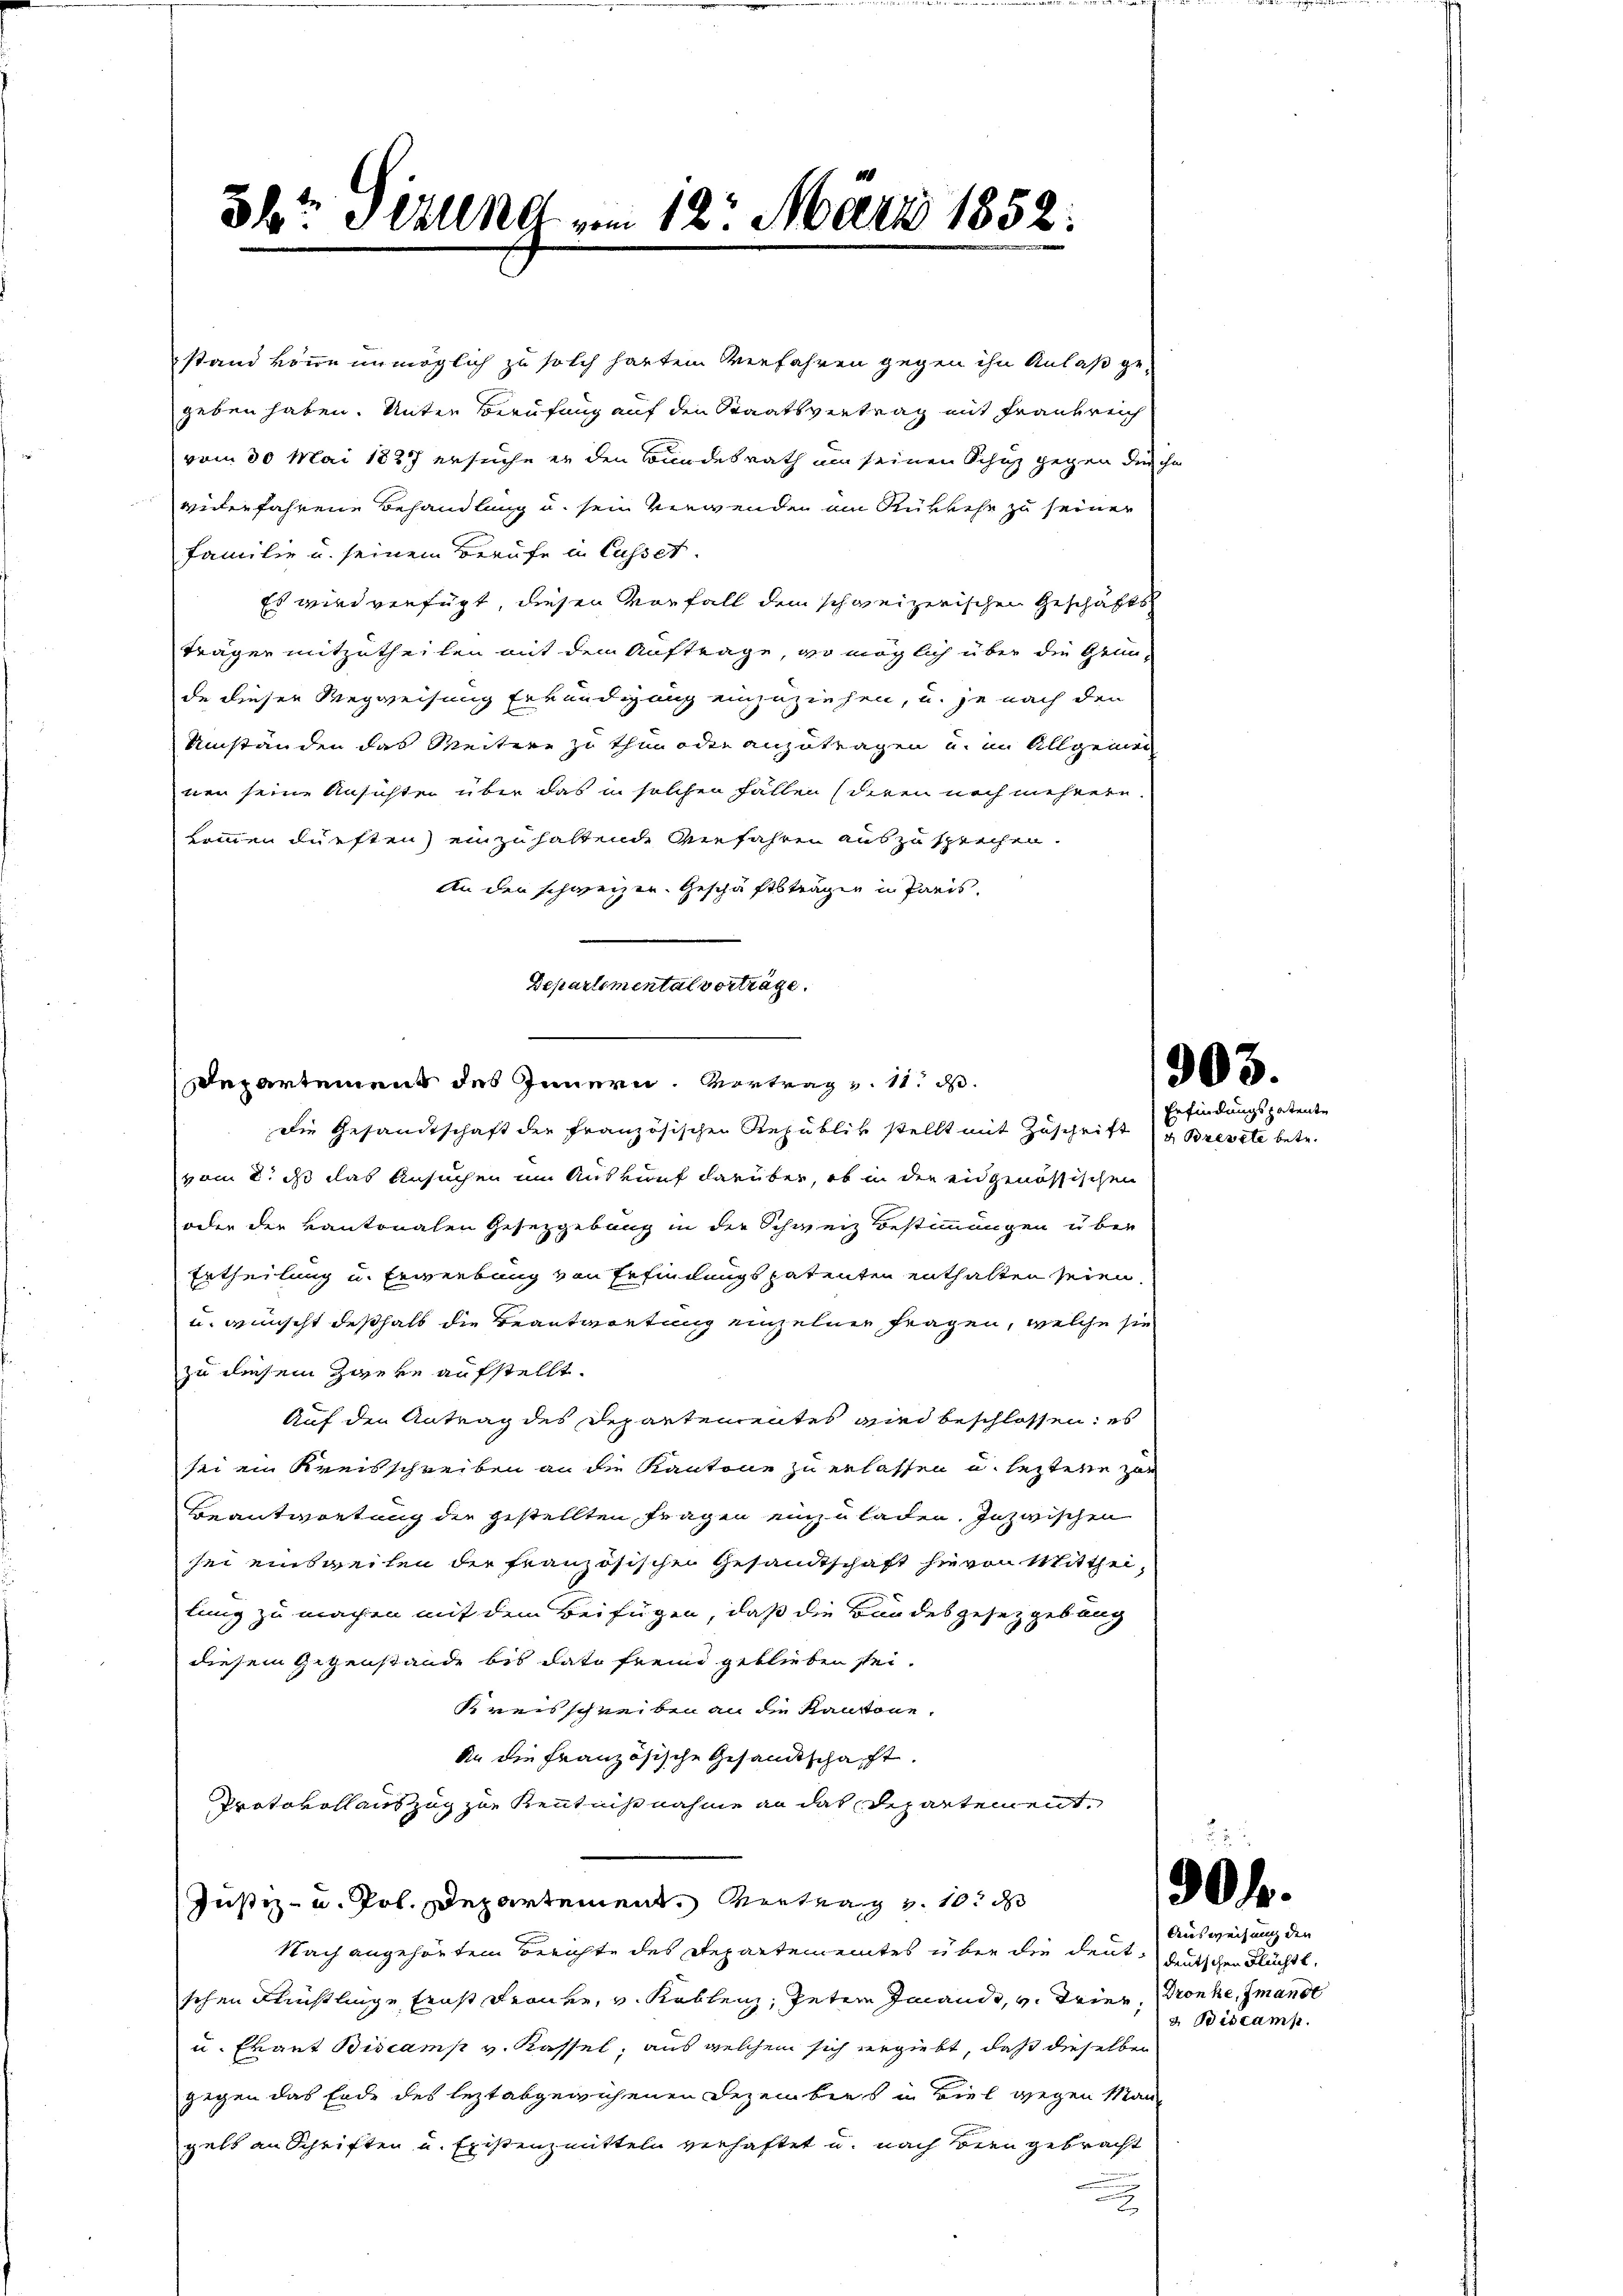
8br alle vom 12. März 1852:

stand könne unmöglich zu solch harten Verfahren gegen ihn Anlaß ge-
geben haben. Unter Berufung auf den Staatsvertrag mit Frankreich
vom 30. Mai 1887 ersuche er den Bundesrath um seinen Schutz gegen durch
viderfahrene Behandlung u. sein verwenden an Rükkehe zu seiner
Familie u. seinem Berufe u. Casset.
Es wird verfügt, diesen Vorfall dem schweizerischen Geschäftsträgen mitzutheilen mit dem Auftrage, wo möglich über die Grün-
de dieser Wegweisung Erkundigung einzuziehen, u. je nach den
Umständen das Weitere zu thun oder anzutragen u. im Allgemei
nen seine Ansichten über das in solchen Fällen (deren noch mehrern
kommen dürften) einzuhaltende Verfahren auszusprechen.
An den schweizer. Geschäftsträgen in Paris.
Departemental vorträge.
Die Gesandtschaft der französischen Republik stellt mit Zuschrift
vom 2. ds das Ansuchen um Auswurf darüber, ob in der eidgenössischen
oder der kantonalen Gesetzgebung in die Schweiz Bestimmungen über
Ertheilung u. Erwerbung von Erfindungspatenten enthalten seien
u. wünscht deshalb die Beantwortung einzelnen Fragen, welche sie
zu diesem Zwere aufstellt.
Auf den Antrag des Departementes wird beschlossen: es
sei ein Kreisschreiben an die Kantone zu erlassen u. letztere zur
Beantwortung der gestellten Fragen einzuladen. Inzwischen
sei einsweilen der französischen Gesandtschaft hievon Mittheilung zu machen mit dem Beifügen, daß die Bundesgesetzgebung
diesem Gegenstande bis dato fremd geblieben sei.
Kreisschreiben an die Kantone,
An die französische Gesandtschaft.
Protokoll auszug zur Kenntnißnahme an das Departement,
Justiz- u. Pol. Departement. Vertrag v. 10. d
Nach angehörten Berichte des Repartementes über die deutgutschen Flüchtl.
schen Künstlinge Ernst Frauer, v. Koblenz, Peter Jeande, v. Trier, Dronke, mande
u. Evant Biscamp v. Kassel, aus welchem sich ergiebt, daß dieselben
gegen das Erde des lezt abgewichenen Dezembies in viel wegen Man
gels an Schriften u. Existenzmitteln verhaftet u. nach Bern gebracht
.

Departement des Innern, Vortrag v. 11. d.

d

1903.
Erfindungspatente

v. Brevete betr.

.

Ausweisung den
2. Biscamp.